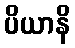
ပိယာနိ